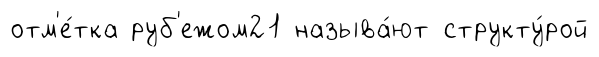
отм'е́тка руб'ежом21 называ́ют структу́рой